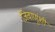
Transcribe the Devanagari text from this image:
जिवाणूंशी